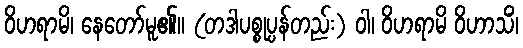
ဝိဟရာမိ၊ နေတော်မူ၏။ (တဒါပစ္စုပ္ပန်တည်း) ဝါ၊ ဝိဟရာမိ ဝိဟာသိံ၊